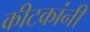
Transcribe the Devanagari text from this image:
कीटकांनी